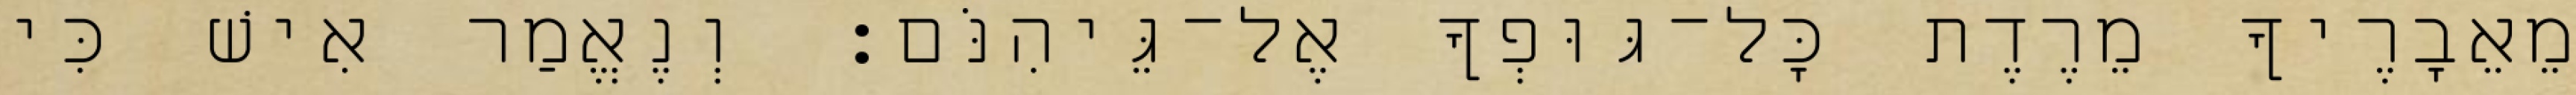
מֵאֵבָרֶיךָ מֵרֶדֶת כָּל־גּוּפְךָ אֶל־גֵּיהִנֹּם׃ וְנֶאֱמַר אִישׁ כִּי